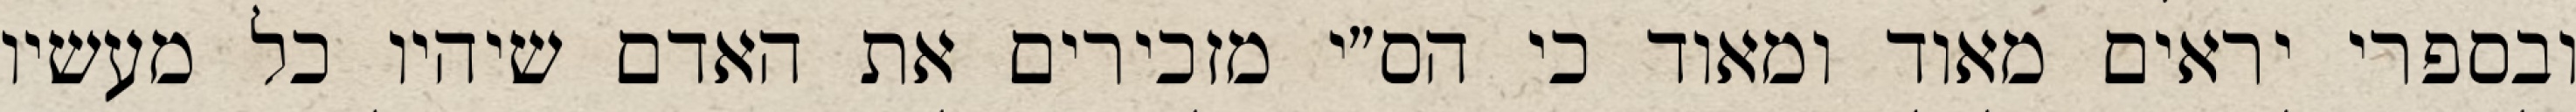
ובספרי יראים מאוד ומאוד כי הס״י מזכירים את האדם שיהיו כל מעשיו